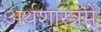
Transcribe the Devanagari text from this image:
अर्थशास्त्रमें